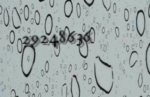
29248636